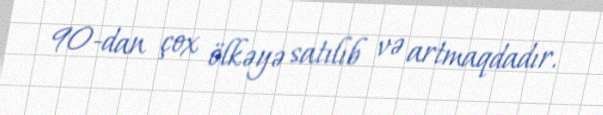
90-dan çox ölkəyə satılıb və artmaqdadır.